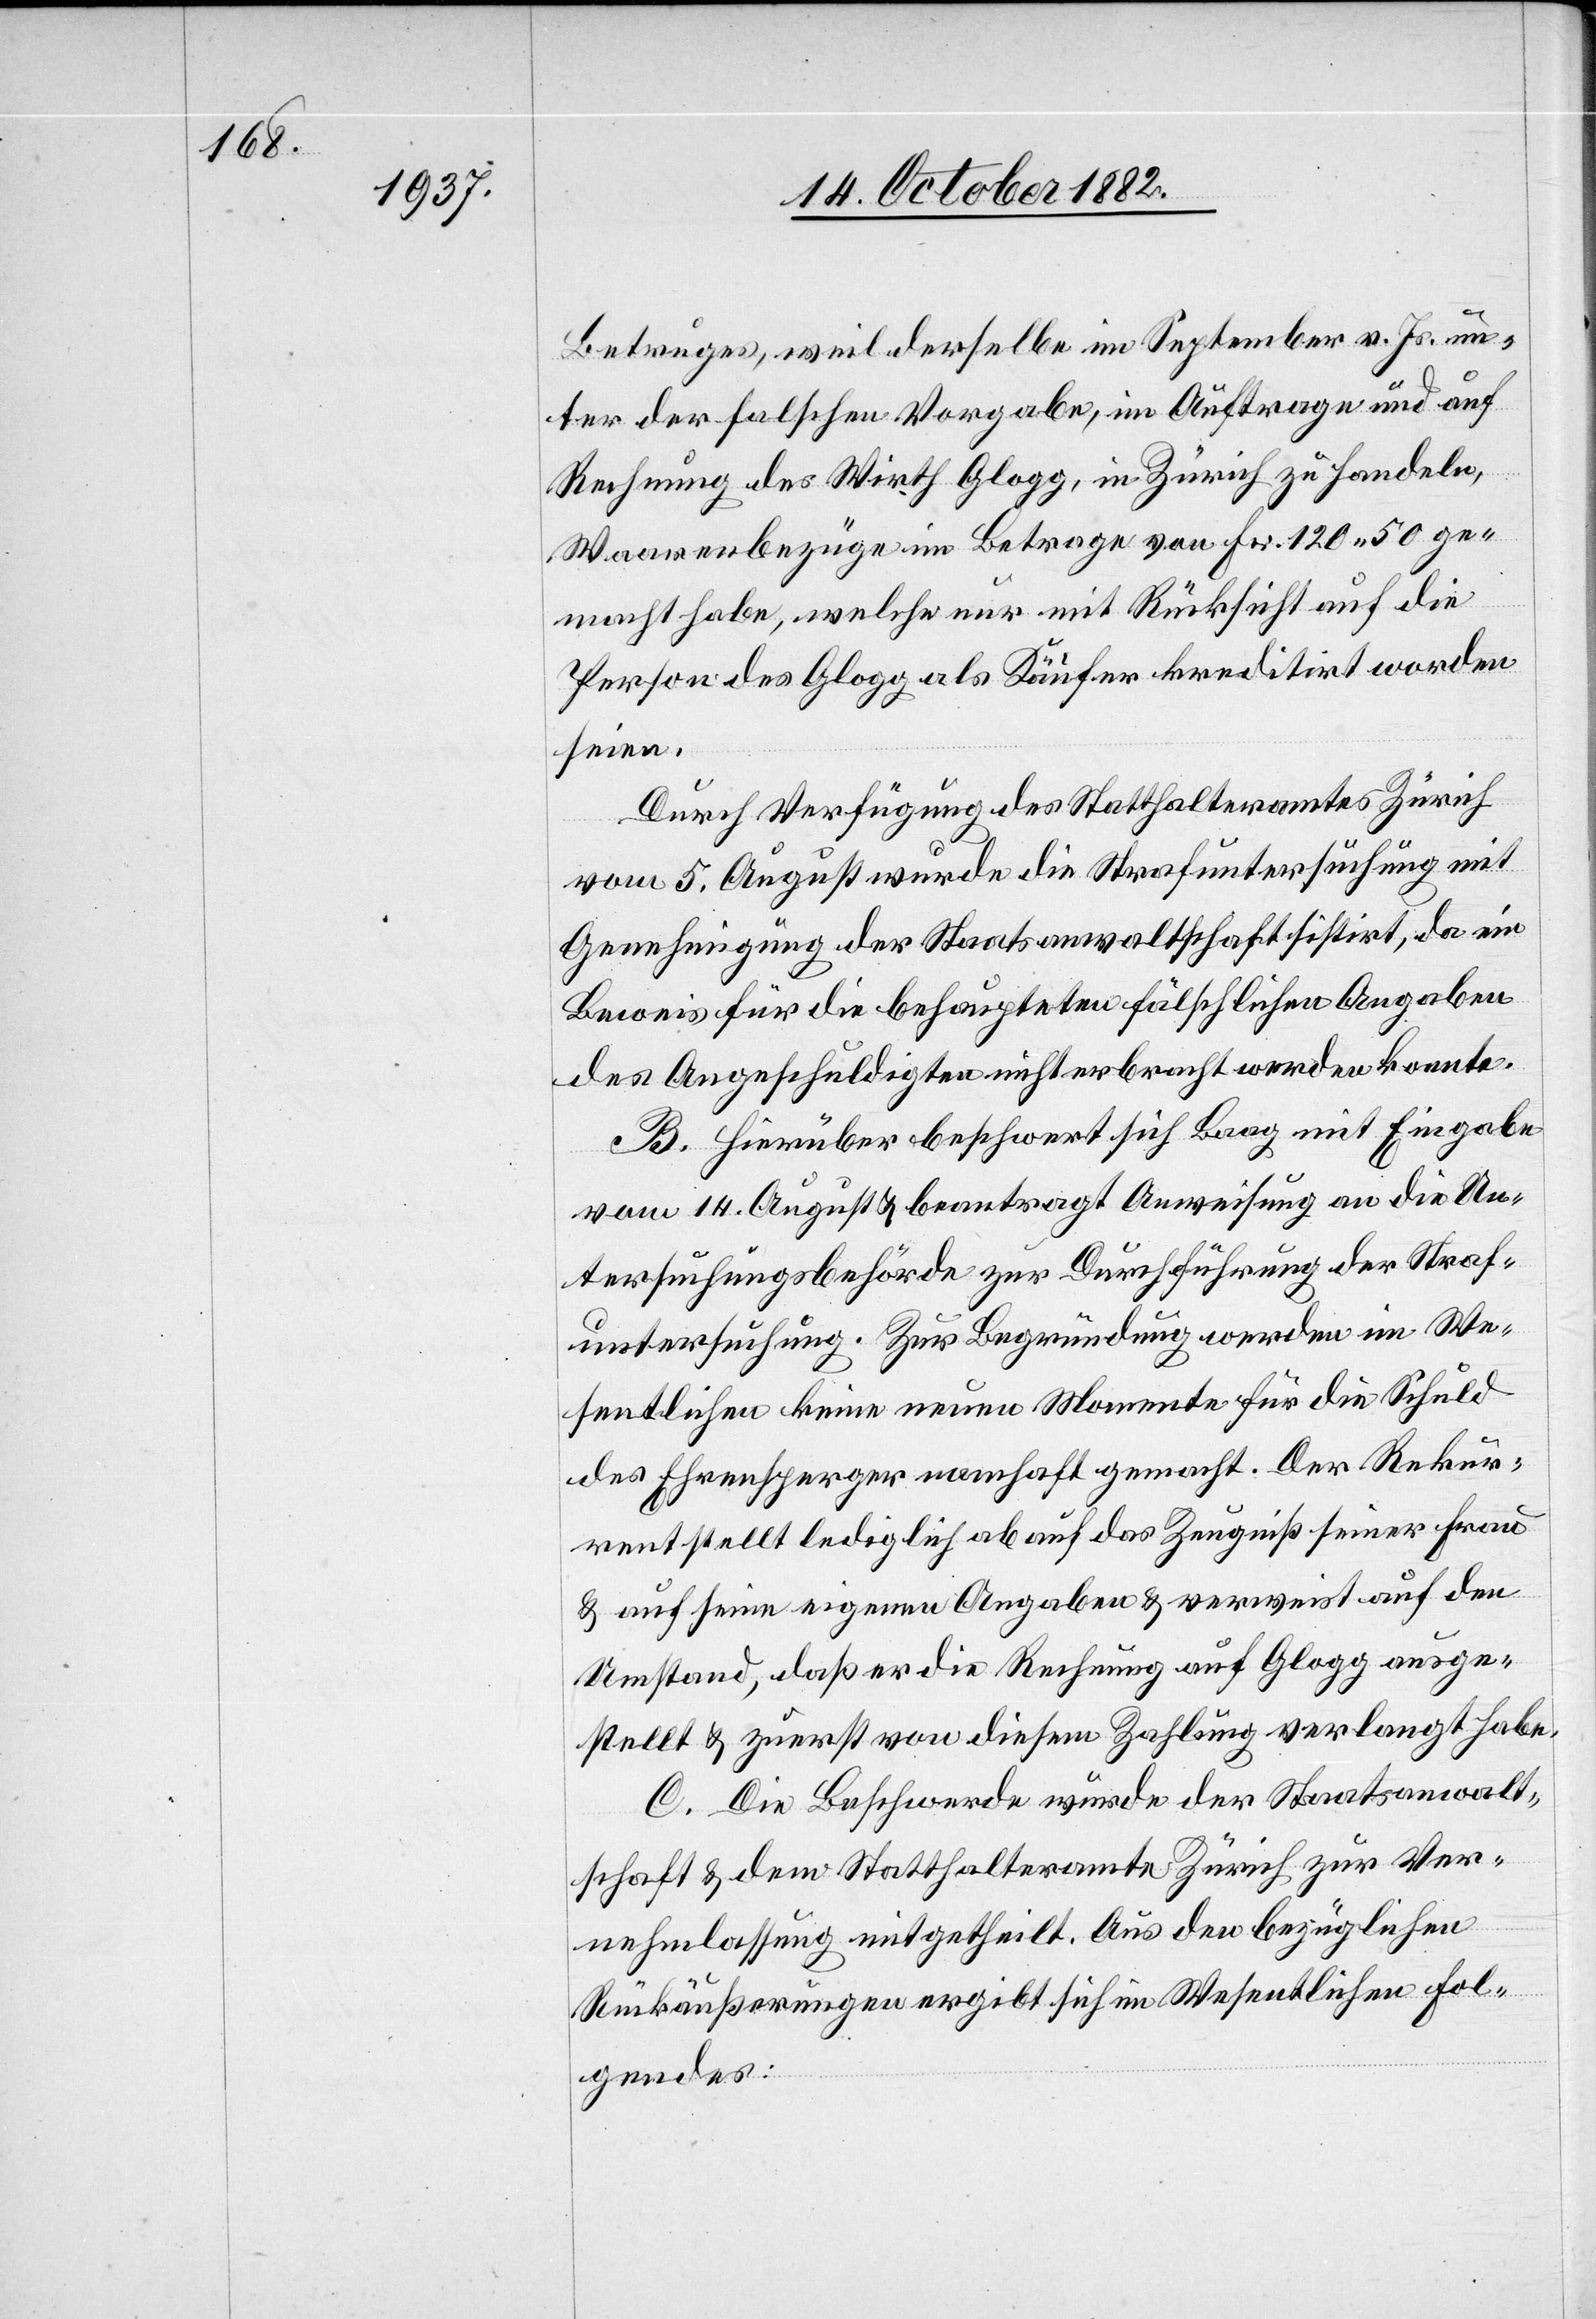
Betruges, weil derselbe im September v. Js. un¬
ter der falschen Vorgabe, im Auftrage und auf
Rechnung des Wirth Glogg, in Zürich zu handeln,
Waarenbezüge im Betrage von Fr. 120 50 ge¬
macht habe, welche nur mit Rücksicht auf die
Person des Glogg als Käufer kreditirt worden
seien.
Durch Verfügung des Statthalteramtes Zürich
vom 5. August wurde die Strafuntersuchung mit
Genehmigung der Staatsanwaltschaft sistirt, da ein
Beweis für die behaupteten fälschlichen Angaben
des Angeschuldigten nicht erbracht werden konnte.
B. Hierüber beschwert sich Baag mit Eingabe
vom 14. August & beantragt Anweisung an die Un¬
tersuchungsbehörde zur Durchführung der Straf¬
untersuchung. Zur Begründung werden im We¬
sentlichen keine neuen Momente für die Schuld
des Ehrensperger nahmhaft gemacht. Der Rekur¬
rent stellt lediglich ab auf das Zeugniß seiner Frau
& auf seine eigenen Angaben & verweist auf den
Umstand, daß er die Rechnung auf Glogg ausge¬
stellt & zuerst von diesem Zahlung verlangt habe.
C. Die Beschwerde wurde der Staatsanwalt¬
schaft & dem Statthalteramte Zürich zur Ver¬
nehmlassung mitgetheilt. Aus den bezüglichen
Rückäußerungen ergibt sich im Wesentlichen Fol¬
gendes: